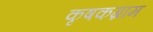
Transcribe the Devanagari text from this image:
कृषकग्राम